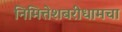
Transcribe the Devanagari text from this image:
निमित्तेशबरीधामचा